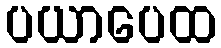
ပယာပေထ